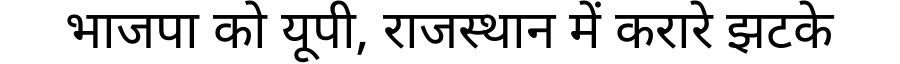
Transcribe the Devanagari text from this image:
भाजपा को यूपी, राजस्थान में करारे झटके